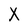
Character: X